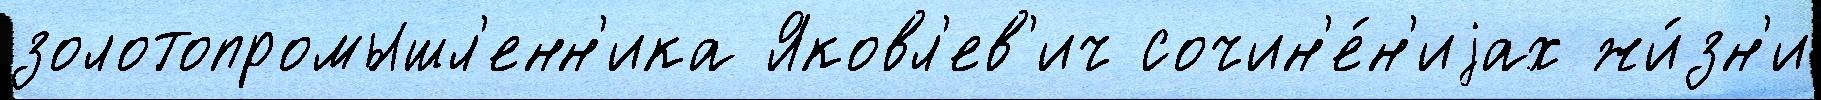
золотопромышл'енн'ика Яковл'ев'ич сочин'е́н'иjах жи́зн'и